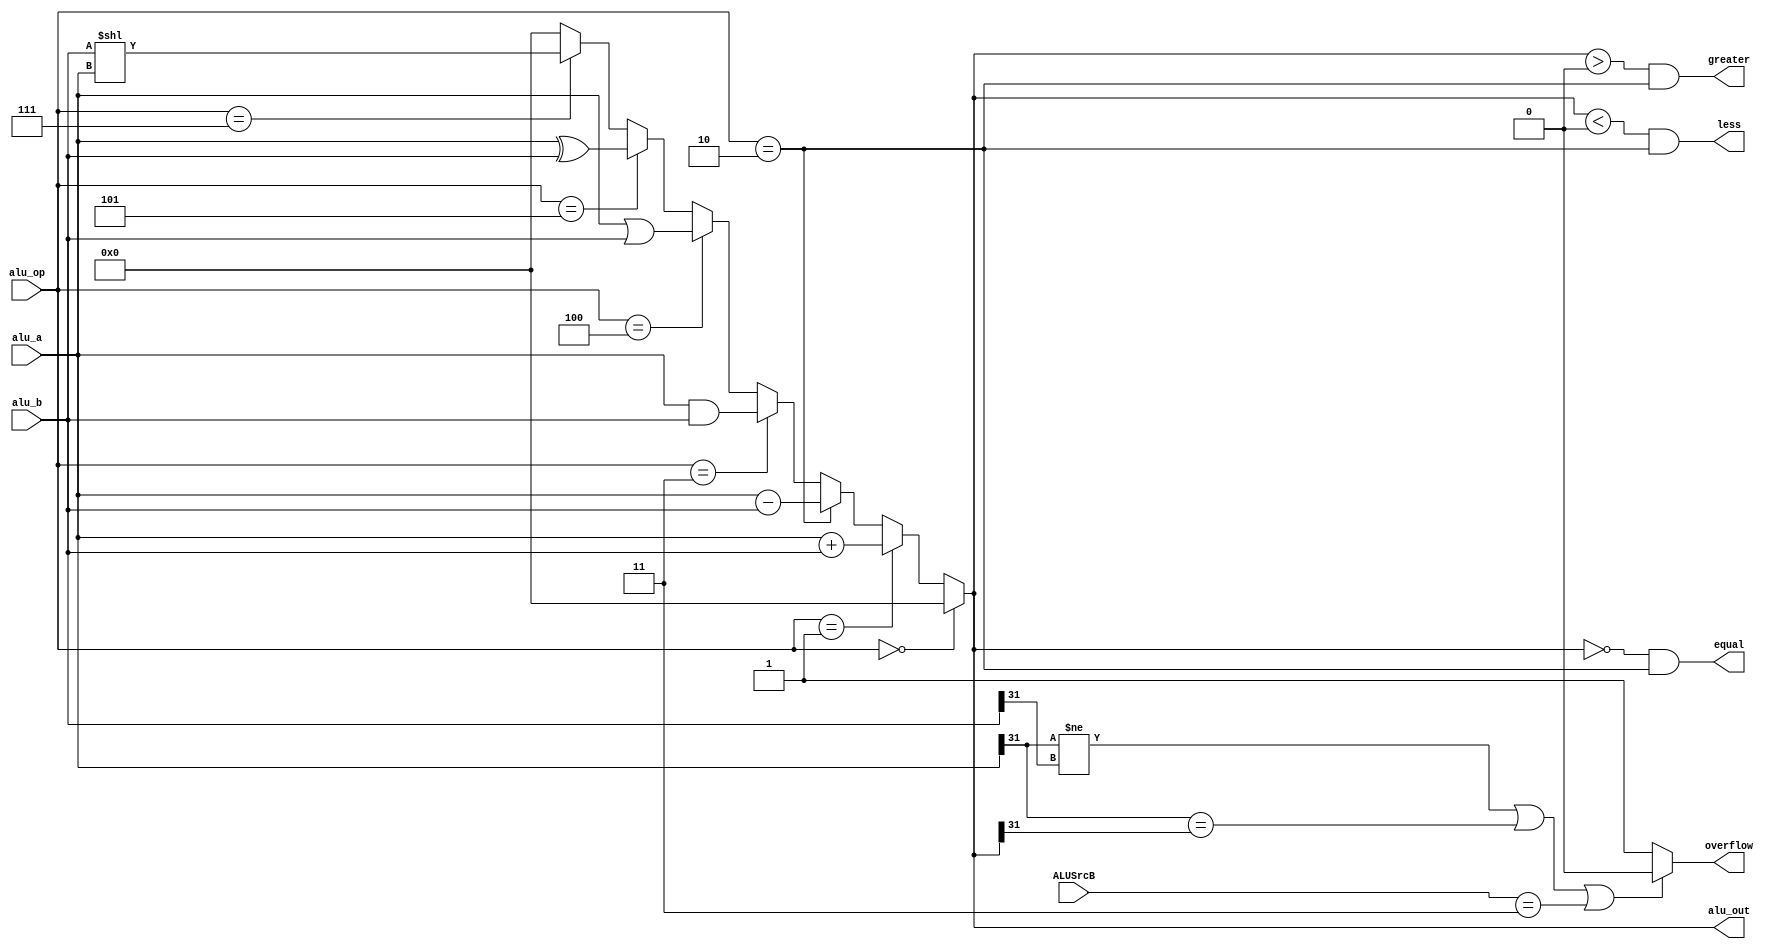
module ALU(
	input [1:0]ALUSrcB,
    input signed[31:0] alu_a,
    input signed[31:0] alu_b,
    input signed[2:0] alu_op,
    output signed[31:0] alu_out,
	output less,
	output equal,
	output greater,
	output overflow
    );
parameter A_NOP = 3'b0000;
parameter A_ADD = 3'b0001;
parameter A_SUB = 3'b0010;
parameter A_AND = 3'b0011;
parameter A_OR = 3'b0100;
parameter A_XOR = 3'b0101;
parameter A_NOR = 3'b0110;
parameter A_SLL = 3'b0111;

assign alu_out = (alu_op == A_NOP) ? 32'b0 : 
				 (alu_op == A_ADD) ? alu_a + alu_b :
				 (alu_op ==A_SUB) ? alu_a - alu_b :
				 (alu_op == A_AND) ? alu_a & alu_b :
				 (alu_op == A_OR) ? alu_a | alu_b :
				 (alu_op == A_XOR) ? alu_a ^ alu_b :
				 (alu_op == A_NOP) ? ~(alu_a | alu_b) : 
				 (alu_op == A_SLL) ? alu_b << alu_a : 32'b0;
assign equal = alu_out == 0 & alu_op == A_SUB;
assign greater = alu_out > 0 & alu_op == A_SUB;
assign less = alu_out < 0 & alu_op == A_SUB;	
assign overflow = ((alu_a[31] != alu_b[31]) || (alu_a[31] == alu_out[31]) || ALUSrcB == 3 ) ? 1'b0 : 1'b1; 
endmodule